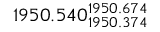
1 9 5 0 . 5 4 0 _ { 1 9 5 0 . 3 7 4 } ^ { 1 9 5 0 . 6 7 4 }